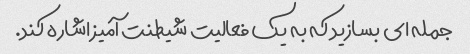
جمله ای بسازید که به یک فعالیت شیطنت آمیز اشاره کند.